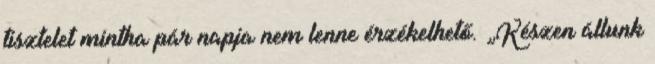
tisztelet mintha pár napja nem lenne érzékelhető. „Készen állunk